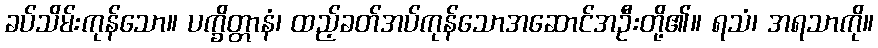
ခပ်သိမ်းကုန်သော။ ပက္ခိတ္တာနံ၊ ထည့်ခတ်အပ်ကုန်သောအဆောင်အဦးတို့၏။ ရသံ၊ အရသာကို။